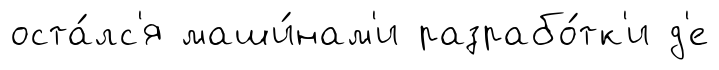
оста́лс'я маши́нам'и разрабо́тк'и д'е